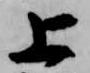
上